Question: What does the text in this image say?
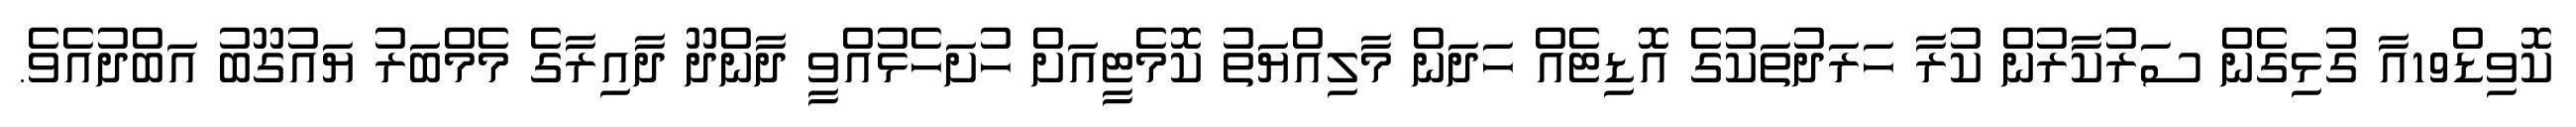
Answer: ކޮވިޑް19އާ ގުޅިގެން ސަރުކާރުން ކުރާ ހަރަދުތަކުގެ އޮޑިޓެއް ހަދަން މާލިއްޔަތު ކޮމެޓީއަށް ހުށަހެޅުއްވީ ދާންދޫ ދާއިރާގެ މެމްބަރު ޔައުގޫބު އަބްދުއެވެ.